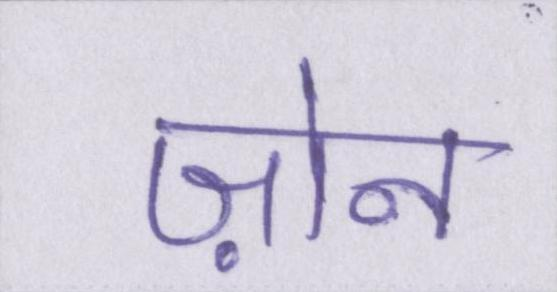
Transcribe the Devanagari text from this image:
ज़ोन